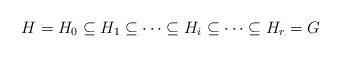
LaTeX: \begin{align*}H = H_{0} \subseteq H_{1} \subseteq \cdots \subseteq H_{i} \subseteq \cdots \subseteq H_{r} = G\end{align*}